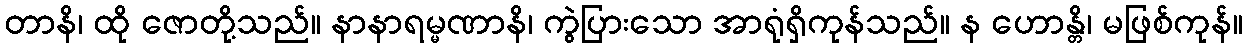
တာနိ၊ ထို ဇောတို့သည်။ နာနာရမ္မဏာနိ၊ ကွဲပြားသော အာရုံရှိကုန်သည်။ န ဟောန္တိ၊ မဖြစ်ကုန်။